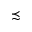
\precsim